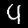
Digit: 4